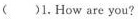
()1.How are you?